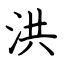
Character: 洪